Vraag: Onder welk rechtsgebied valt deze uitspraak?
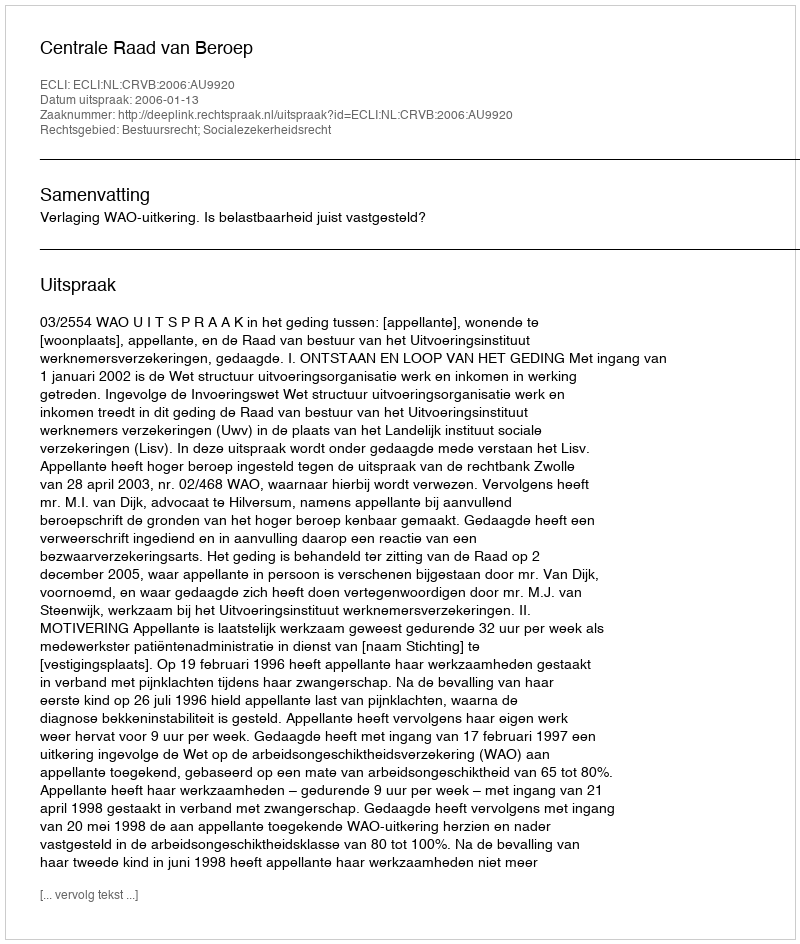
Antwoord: Bestuursrecht; Socialezekerheidsrecht